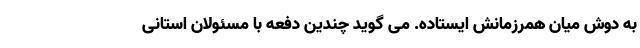
به دوش میان همرزمانش ایستاده. می گوید چندین دفعه با مسئولان استانی